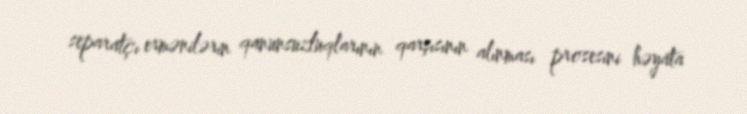
separatçı ermənilərin qanunsuzluqlarının qarşısının alınması prosesini həyata